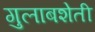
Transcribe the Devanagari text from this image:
गुलाबशेती